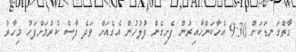
ގާތްގަނޑަކަށް 9:30 އެހާކަންހާއިރުން ފެށިގެން ފުުލުހުން އެގެއަށް ވަދެ ފާސް ކުރުމަށްފަހު މިހާރު